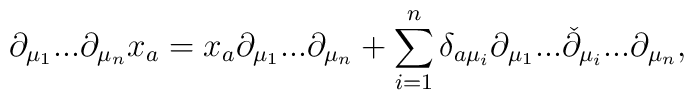
\partial_{\mu_1}...\partial_{\mu_n}x_a = x_a \partial_{\mu_1}...\partial_{\mu_n} + \sum\limits_{i=1}^{n}\delta_{a \mu_i}\partial_{\mu_1}...\check{\partial}_{\mu_i}...\partial_{\mu_n},